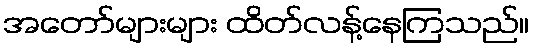
အတော်များများ ထိတ်လန့်နေကြသည်။